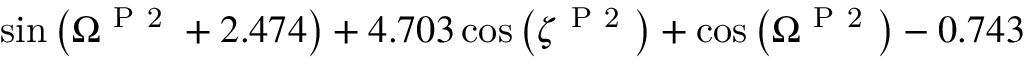
\sin { \left( \Omega ^ { \mathrm { ~ P ~ 2 ~ } } + 2 . 4 7 4 \right) } + 4 . 7 0 3 \cos { \left( \zeta ^ { \mathrm { ~ P ~ 2 ~ } } \right) } + \cos { \left( \Omega ^ { \mathrm { ~ P ~ 2 ~ } } \right) } - 0 . 7 4 3